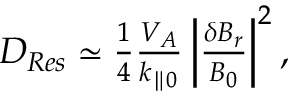
\begin{array} { r } { D _ { R e s } \simeq \frac { 1 } { 4 } \frac { V _ { A } } { k _ { \parallel 0 } } \left\lvert \frac { \delta B _ { r } } { B _ { 0 } } \right\rvert ^ { 2 } , } \end{array}